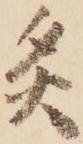
灸